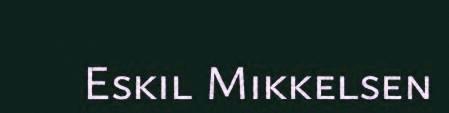
Eskil Mikkelsen